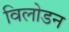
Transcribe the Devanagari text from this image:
विलोडन